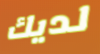
لديك